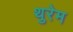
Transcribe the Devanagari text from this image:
थुरेम